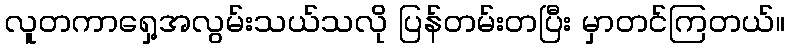
လူတကာရှေ့အလွမ်းသယ်သလို ပြန်တမ်းတပြီး မှာတင်ကြတယ်။